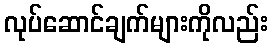
လုပ်ဆောင်ချက်များကိုလည်း